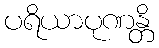
ပရိယာပုဏန္တိ